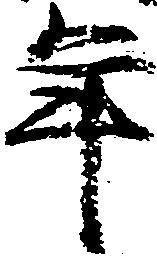
年